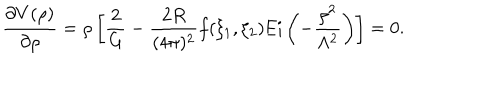
\frac { \partial V ( \rho ) } { \partial \rho } = \rho \left[ \frac { 2 } { G } - \frac { 2 R } { ( 4 \pi ) ^ { 2 } } f ( \xi _ { 1 } , \xi _ { 2 } ) \mathrm { E i } \left( - \frac { \rho ^ { 2 } } { \Lambda ^ { 2 } } \right) \right] = 0 .